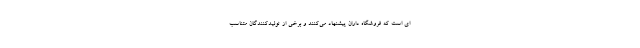
ای است که فروشگاه داران پیشنهاد می‌کنند و برخی از تولیدکنندگان متناسب